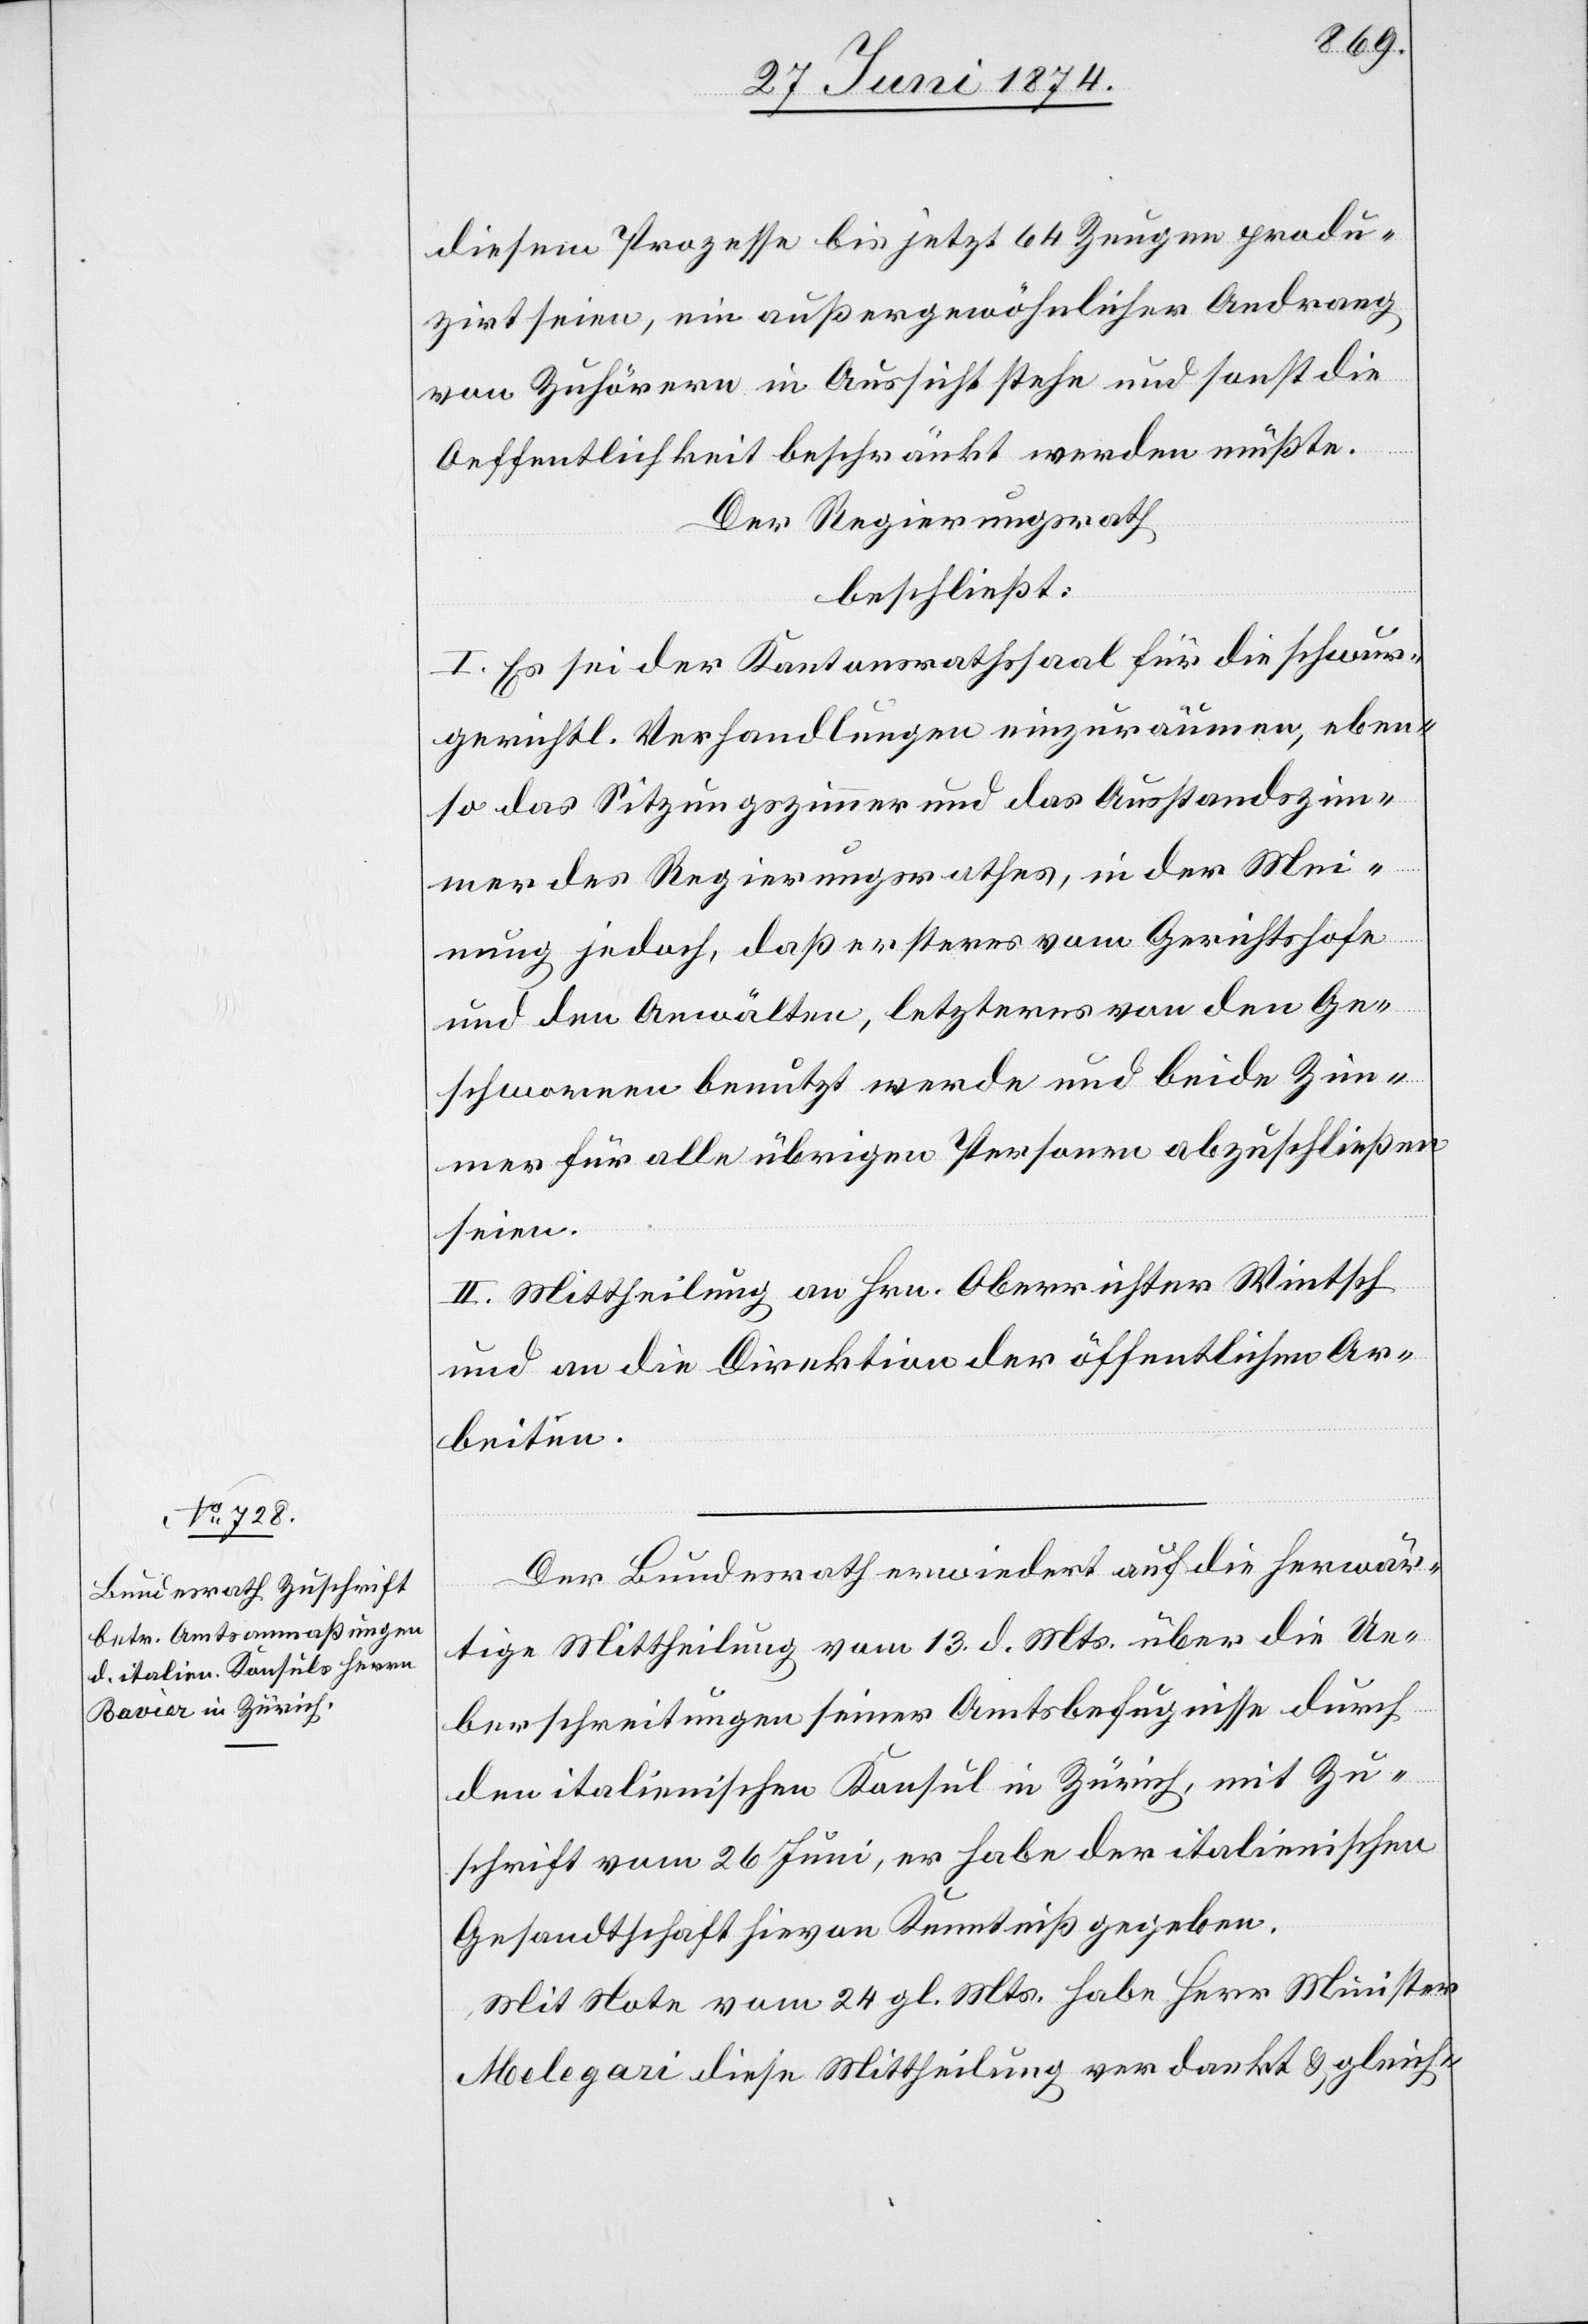
diesem Prozesse bis jetzt 64 Zeugen produ¬
zirt seien, ein außergewöhnlicher Andrang
von Zuhörern in Aussicht stehe und sonst die
Oeffentlichkeit beschränkt werden müßte.
Der Regierungsrath
beschließt:
I. Es sei der Kantonsrathssaal für die schwur¬
gerichtl. Verhandlungen einzuräumen, eben¬
so das Sitzungszimmer und das Ausstandszim¬
mer des Regierungsrathes, in der Mei¬
nung jedoch, daß ersteres vom Gerichtshofe
und den Anwälten, letzteres von den Ge¬
schworenen benutzt werde und beide Zim¬
mer für alle übrigen Personen abzuschließen
seien.
II. Mittheilung an Hrn. Oberrichter Wintsch
und an die Direktion der öffentlichen Ar¬
beiten.
Der Bundesrath erwiedert auf die herwär¬
tige Mittheilung vom 13. d. Mts. über die Ue¬
berschreitungen seiner Amtsbefugnisse durch
den italienischen Konsul in Zürich, mit Zu¬
schrift vom 26. Juni, er habe der italienischen
Gesandtschaft hievon Kenntniß gegeben.
Mit Note vom 24. gl. Mts. habe Herr Minister
Melegari diese Mittheilung verdankt u. gleich-